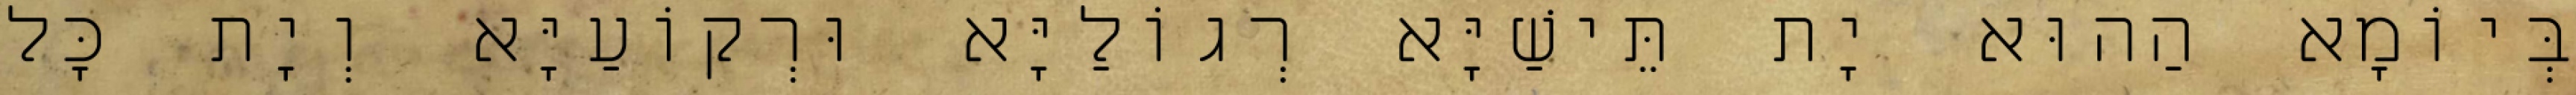
בְּיוֹמָא הַהוּא יָת תֵּישַׁיָּא רְגוֹלַיָּא וּרְקוֹעַיָּא וְיָת כָּל